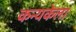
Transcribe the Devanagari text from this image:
कन्यकेला